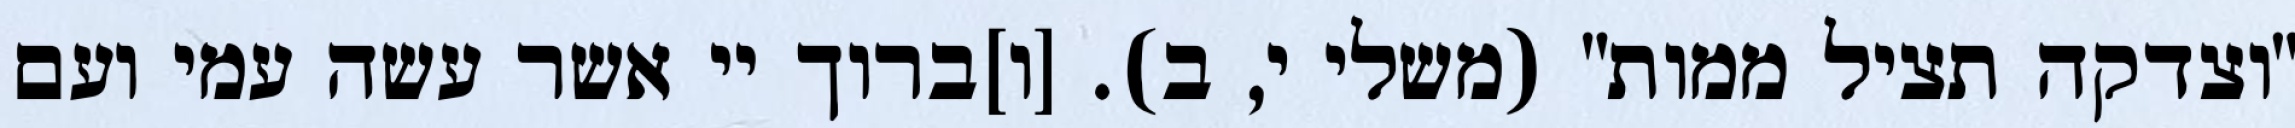
"וצדקה תציל ממות" (משלי י, ב). [ו]ברוך יי אשר עשה עמי ועם